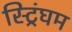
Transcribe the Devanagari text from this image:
स्ट्रिंघम